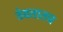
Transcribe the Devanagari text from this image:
ठेवतातच